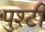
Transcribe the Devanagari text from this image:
पुश्टी